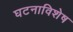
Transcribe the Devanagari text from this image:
घटनाविशेष